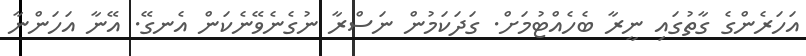
އަހަރެންގެ ގާތުގައި ނީރާ ބެހެއްޓުމަށް. ގަދަކަމުން ނަސްރާ ނުގެނެވޭނެކަން އެނގޭ. އޭނާ އަހަންނާ